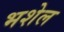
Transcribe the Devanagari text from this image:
भशेल